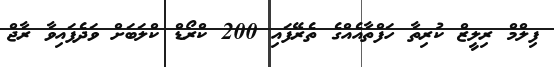
ފިލްމް ރިލީޒް ކުރިތާ ހަފްތާއެއްގެ ތެރޭފައި 200 ކްރޯޑް ކްލަބަށް ވަދެފައިވާ ރާޖް